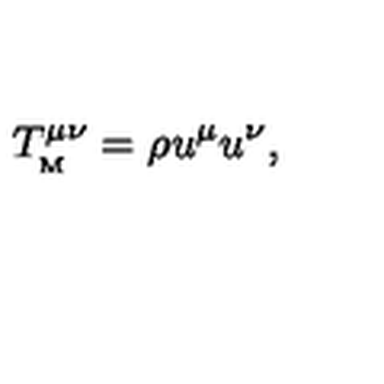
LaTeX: T _ { _ \mathrm { M } } ^ { \mu \nu } = \rho u ^ { \mu } u ^ { \nu } ,